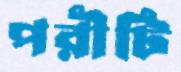
পরীটি